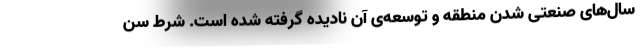
سال‌های صنعتی شدن منطقه و توسعه‌ی آن نادیده گرفته شده است. شرط سن